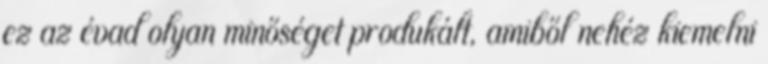
ez az évad olyan minőséget produkált, amiből nehéz kiemelni